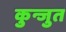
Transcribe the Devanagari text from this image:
कुन्जुत